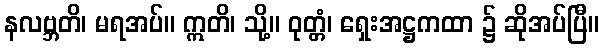
နလဗ္ဘတိ၊ မရအပ်။ ဣတိ၊ သို့။ ဝုတ္တံ၊ ရှေးအဋ္ဌကထာ ၌ ဆိုအပ်ပြီ။